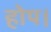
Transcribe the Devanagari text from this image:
होप।